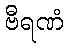
ဗီရဏံ